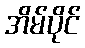
အိမ်ပိုင်